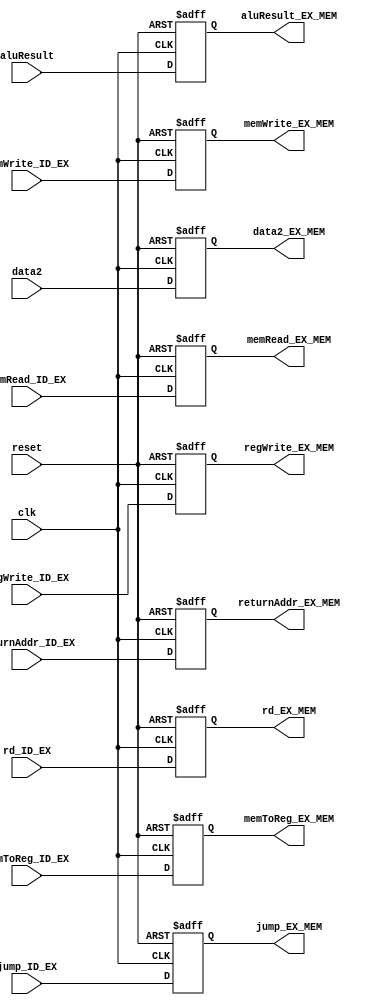
module EX_MEM_reg(returnAddr_EX_MEM,regWrite_EX_MEM,memWrite_EX_MEM,memRead_EX_MEM,
              memToReg_EX_MEM,rd_EX_MEM,aluResult_EX_MEM,data2_EX_MEM,jump_EX_MEM,
              regWrite_ID_EX,memWrite_ID_EX,memRead_ID_EX,returnAddr_ID_EX,
              memToReg_ID_EX,rd_ID_EX,aluResult,data2,jump_ID_EX,clk,reset);
output reg [31:0]aluResult_EX_MEM,data2_EX_MEM,returnAddr_EX_MEM;
output reg [4:0]rd_EX_MEM;
output reg regWrite_EX_MEM,memWrite_EX_MEM,memRead_EX_MEM,memToReg_EX_MEM,jump_EX_MEM;
input [31:0] aluResult,data2,returnAddr_ID_EX;
input [4:0]rd_ID_EX;
input regWrite_ID_EX,memWrite_ID_EX,memRead_ID_EX,memToReg_ID_EX,jump_ID_EX,clk,reset;

always@(posedge clk, negedge reset)
begin
if(reset==0) 
    begin 
        returnAddr_EX_MEM = 0;
        regWrite_EX_MEM = 0;
        memWrite_EX_MEM = 0;
        memRead_EX_MEM = 0;
        memToReg_EX_MEM = 0;
        rd_EX_MEM = 0;
        aluResult_EX_MEM = 0;
        data2_EX_MEM = 0;
        jump_EX_MEM = 0;
    end

else
    begin 
        returnAddr_EX_MEM = returnAddr_ID_EX;
        regWrite_EX_MEM = regWrite_ID_EX;
        memWrite_EX_MEM = memWrite_ID_EX;
        memRead_EX_MEM = memRead_ID_EX;
        memToReg_EX_MEM = memToReg_ID_EX;
        rd_EX_MEM = rd_ID_EX;
        aluResult_EX_MEM = aluResult;
        data2_EX_MEM = data2;
        jump_EX_MEM = jump_ID_EX;
    end
end

endmodule